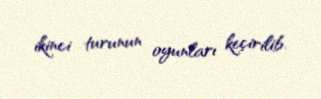
ikinci turunun oyunları keçirilib.